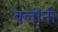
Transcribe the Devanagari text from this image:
बलींनीं